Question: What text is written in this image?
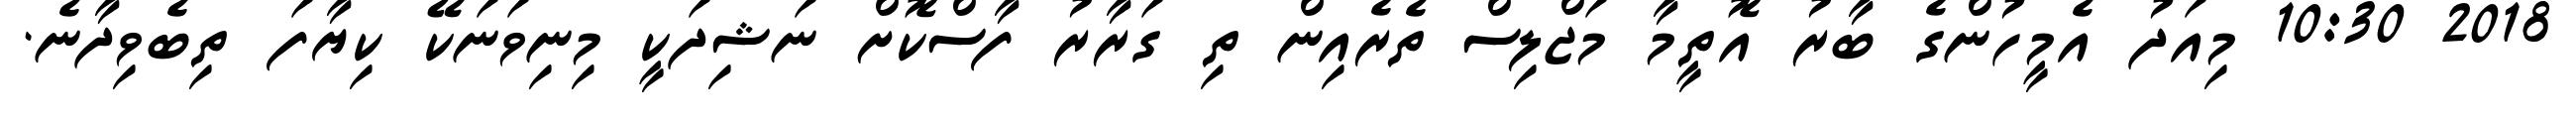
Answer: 2018 10:30 މިއަދު އެމީހުންގެ ބާރު އޮތީމާ މަޖްލިސް ތެރެއިން ތި ގަރާރު ފާސްކޮށް ނަޝިދަކީ މިނިވަނަކޭ ކިޔާފަ ތިބެވިދާނެ.